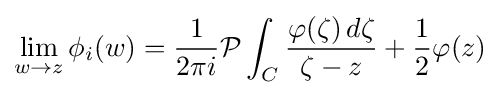
\lim _{w\to z}\phi _{i}(w)={\frac {1}{2\pi i}}{\mathcal {P}}\int _{C}{\frac {\varphi (\zeta )\,d\zeta }{\zeta -z}}+{\frac {1}{2}}\varphi (z)